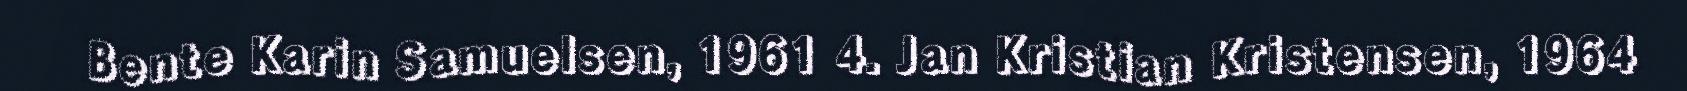
Bente Karin Samuelsen, 1961 4. Jan Kristian Kristensen, 1964